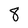
Character: 8